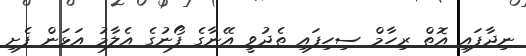
ނިދާފައި އޮތް ރިހާމް ސިހިފައި ތެދުވީ އޭނާގެ ފޯނުގެ އެލާމު އަޅަން ފެށި